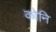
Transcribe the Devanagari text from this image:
कोनि